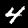
Label: 4